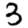
Digit: 3